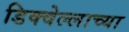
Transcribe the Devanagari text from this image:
डिक्वेल्लाच्या